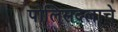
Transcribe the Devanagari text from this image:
पोलिसदलाचे